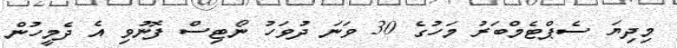
މިދިޔަ ސެޕްޓެމްބަރު މަހުގެ 30 ވަނަ ދުވަހު ނޯޓިސް ފޮނުވި އެ ދެމީހުން